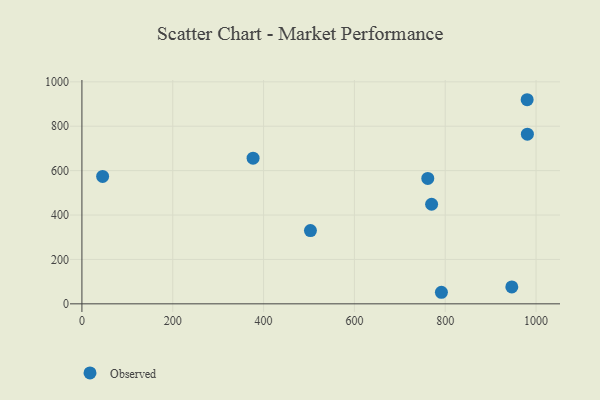
{"axis": {"x": "Price", "y": "Exam Score"}, "legend": ["Observed"], "data": [{"x": "946.6", "y": 76.1, "type": "Observed"}, {"x": "376.9", "y": 656.1, "type": "Observed"}, {"x": "503.2", "y": 329.9, "type": "Observed"}, {"x": "45.6", "y": 574.0, "type": "Observed"}, {"x": "761.6", "y": 565.0, "type": "Observed"}, {"x": "980.4", "y": 919.4, "type": "Observed"}, {"x": "980.9", "y": 764.2, "type": "Observed"}, {"x": "791.6", "y": 52.1, "type": "Observed"}, {"x": "770.0", "y": 448.7, "type": "Observed"}]}